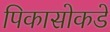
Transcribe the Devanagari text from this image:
पिकासोकडे